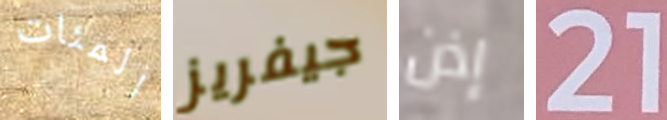
المئات جيفريز إذن 21